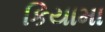
કિયામા